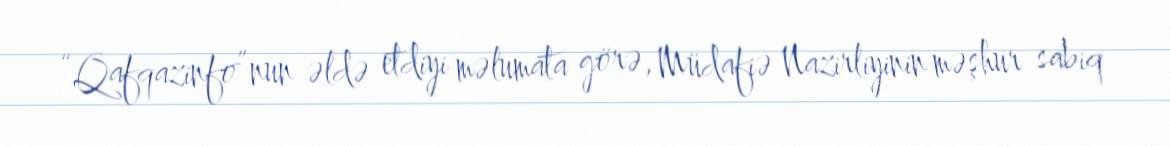
“Qafqazinfo”nun əldə etdiyi məlumata görə, Müdafiə Nazirliyinin məşhur sabiq